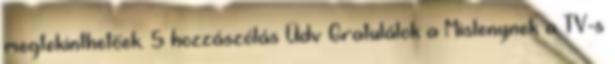
megtekinthetőek. 5 hozzászólás Üdv Gratulálok a Mislenynek a TV-s